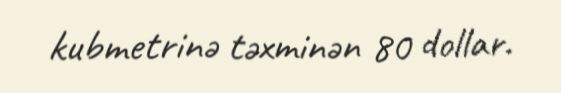
kubmetrinə təxminən 80 dollar.